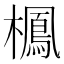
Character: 𣝲